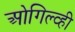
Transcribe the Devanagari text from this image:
ओगिल्व्ही